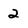
Character: 2